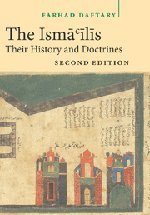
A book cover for The Isma'ilis: Their History and Doctrines; Farhad Daftary; Religion & Spirituality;